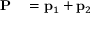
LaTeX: \begin{array} { r l } { \mathbf { P } } & { { } = \mathbf { p } _ { 1 } + \mathbf { p } _ { 2 } } \end{array}